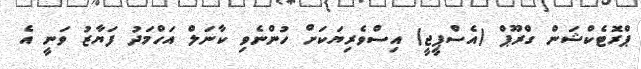
ޕްރޮޓެކްޝަން ގްރޫޕް (އެސްޕީޖީ) އިސްވެރިޔަކަށް ހުންނެވި ކާނަލް އަހްމަދު ފަޔާޒު ވަނީ އެ